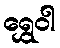
ရွှေဝါ